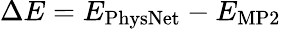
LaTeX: \Delta E=E_{\mathrm{PhysNet}}-E_{\mathrm{MP2}}